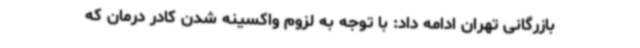
بازرگانی تهران ادامه داد: با توجه به لزوم واکسینه شدن کادر درمان که